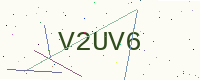
Text: V2UV6